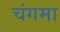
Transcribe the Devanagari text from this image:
चंगमा